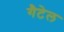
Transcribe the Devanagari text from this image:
गैटेल